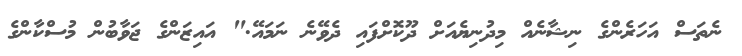
ނެތަސް އަހަރެންގެ ނިޝާނެއް މިދުނިޔެއަށް ދޫކޮށްފައި ދެވޭނެ ނަމައޭ." އައިޒަންގެ ޖަވާބުން މުސްކާންގެ